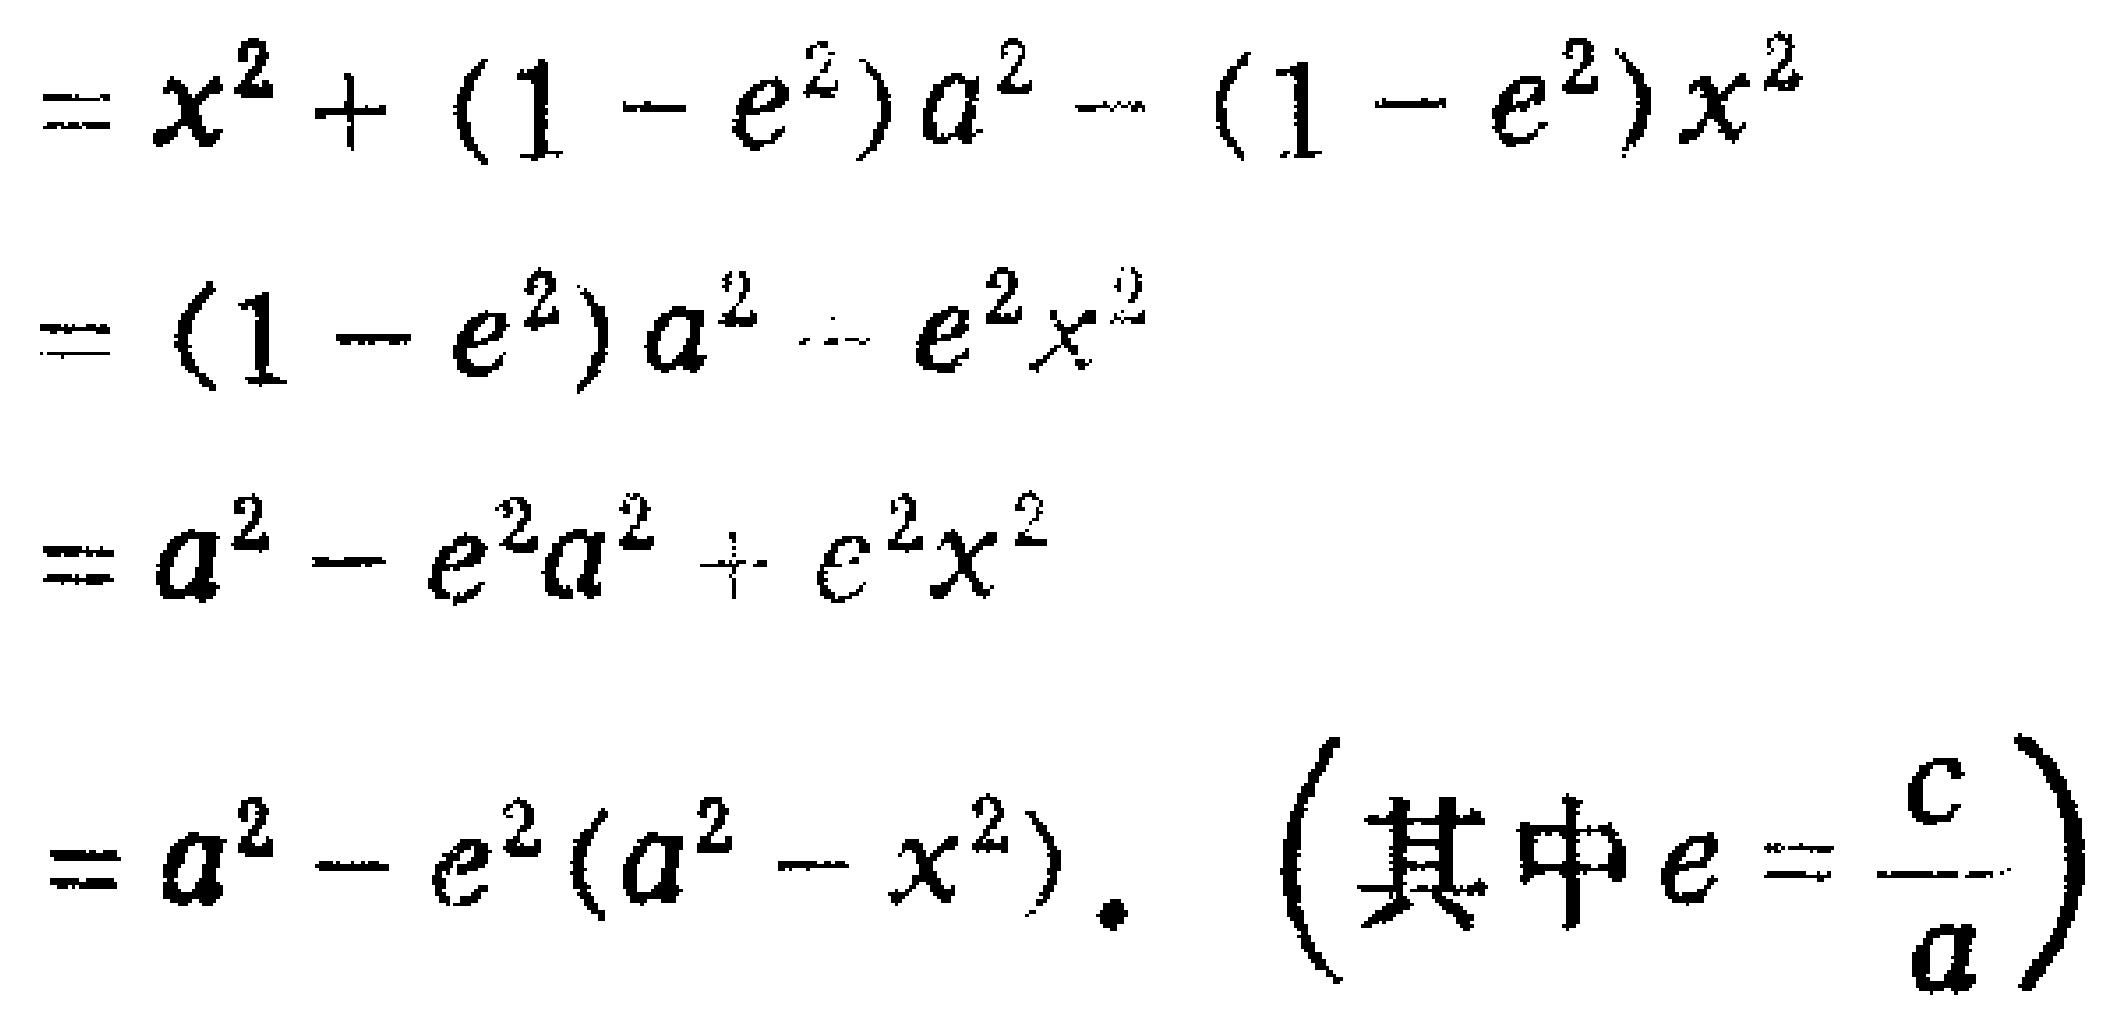
\[
\begin{align*}
&=x^{2}+(1 - e^{2})a^{2}-(1 - e^{2})x^{2}\\
&=(1 - e^{2})a^{2}-e^{2}x^{2}\\
&=a^{2}-e^{2}a^{2}+e^{2}x^{2}\\
&=a^{2}-e^{2}(a^{2}-x^{2}).\quad\left(\text{其中}e = \frac{c}{a}\right)
\end{align*}
\]